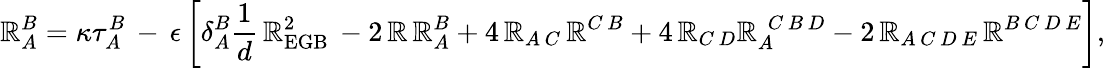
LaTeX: \mathbb{R}_{A}^{B}=\kappa\tau_{A}^{B}\, -\, \epsilon\, \biggl[\delta_{A}^{B}\frac{{1}}{{d}}\, {\cal\mathbb{R}}_{\mathrm{{EGB}}}^{2}\, -2\, \mathbb{R}\, \mathbb{R}_{A}^{B}+4\, \mathbb{R}_{A\, C}\, \mathbb{R}^{C\, B}+4\, \mathbb{R}_{C\, D}\mathbb{R}_{A}^{~~C\, B\, D}-2\, \mathbb{R}_{A\, C\, D\, E}\, \mathbb{R}^{B\, C\, D\, E}\biggr],